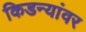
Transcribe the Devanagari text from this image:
किडन्यांवर